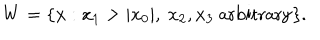
LaTeX: W = \{ x : x _ { 1 } > | x _ { 0 } | , \ x _ { 2 } , x _ { 3 } \ \mathrm { a r b i t r a r y } \} .